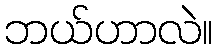
ဘယ်ဟာလဲ။